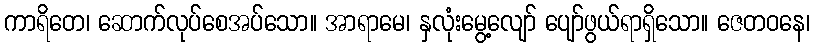
ကာရိတေ၊ ဆောက်လုပ်စေအပ်သော။ အာရာမေ၊ နှလုံးမွေ့လျော် ပျော်ဖွယ်ရာရှိသော။ ဇေတဝနေ၊